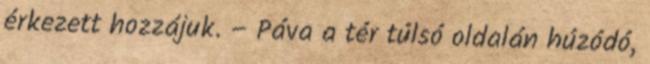
érkezett hozzájuk. – Páva a tér túlsó oldalán húzódó,